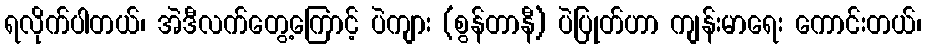
ရလိုက်ပါတယ်၊ အဲဒီလက်တွေ့ကြောင့် ပဲကျား (စွန်တာနီ) ပဲပြုတ်ဟာ ကျန်းမာရေး ကောင်းတယ်၊